Civil Veterinary Dept. Bombay admin report 1893-99 - 1893-1899
Year: 1893
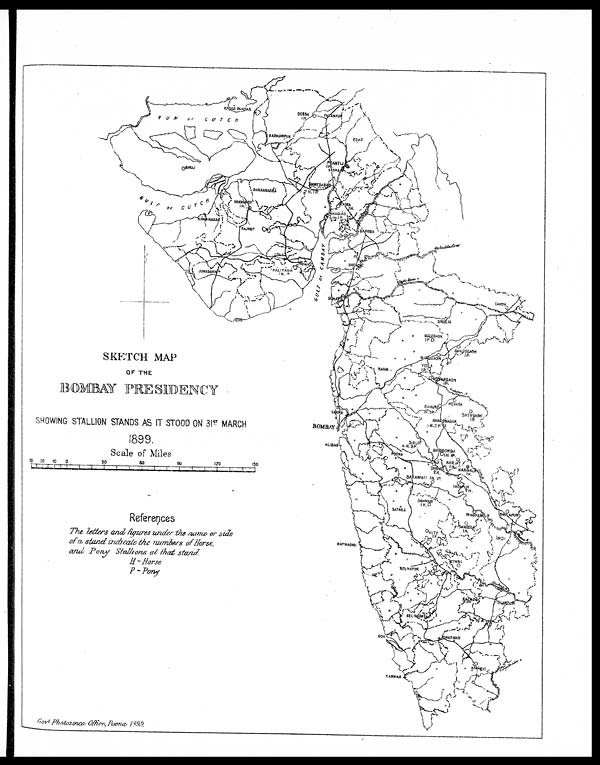
SKETCH MAP
OF THE
BOMBAY PRESIDENCY
SHOWING STALLION STANDS AS IT STOOD ON 31 ST MARCH
1899.
Scale of Miles
References
The letters and figures under the name or side
of a stand indicate the numbers of Horse,
and Pony Stallions at that stand.
H- Horse
P- Pony
Govt Photozinco: Office, Poona 1899.